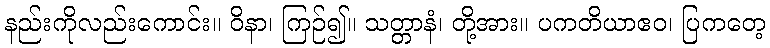
နည်းကိုလည်းကောင်း။ ဝိနာ၊ ကြဉ်၍။ သတ္တာနံ၊ တို့အား။ ပကတိယာဧဝ၊ ပြကတေ့